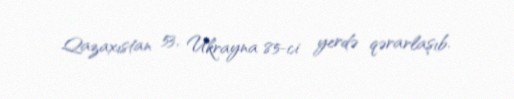
Qazaxıstan 53, Ukrayna 85-ci yerdə qərarlaşıb.